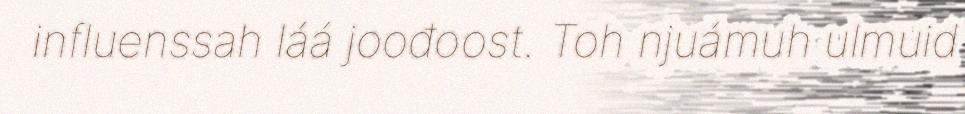
influenssah láá joođoost. Toh njuámuh ulmuid